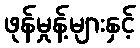
ဖုန်မှုန့်များနှင့်